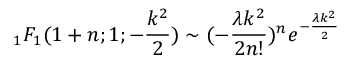
{ _ 1 F _ { 1 } } ( 1 + n ; 1 ; - \frac { k ^ { 2 } } { 2 } ) \sim ( - \frac { \lambda k ^ { 2 } } { 2 n ! } ) ^ { n } e ^ { - \frac { \lambda k ^ { 2 } } { 2 } }